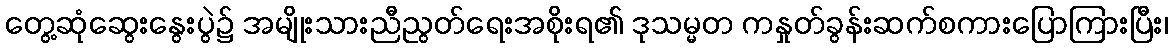
တွေ့ဆုံဆွေးနွေးပွဲ၌ အမျိုးသားညီညွတ်ရေးအစိုးရ၏ ဒုသမ္မတ ကနှုတ်ခွန်းဆက်စကားပြောကြားပြီး၊